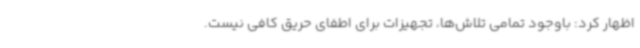
اظهار کرد: باوجود تمامی تلاش‌ها، تجهیزات برای اطفای حریق کافی نیست.